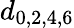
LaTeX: d_{0,2,4,6}